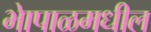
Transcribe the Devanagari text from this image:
भेापाळमधील